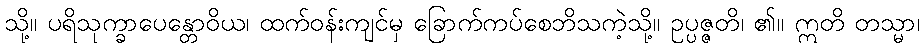
သို့။ ပရိသုက္ခာပေန္တောဝိယ၊ ထက်ဝန်းကျင်မှ ခြောက်ကပ်စေဘိသကဲ့သို့။ ဥပ္ပဇ္ဇတိ၊ ၏။ ဣတိ တသ္မာ၊